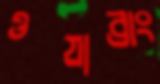
ওযাব্রাং